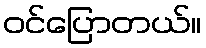
ဝင်ပြောတယ်။